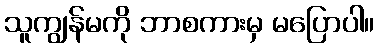
သူကျွန်မကို ဘာစကားမှ မပြောပါ။